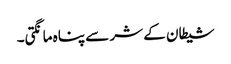
شیطان کے شر سے پناہ مانگتی۔